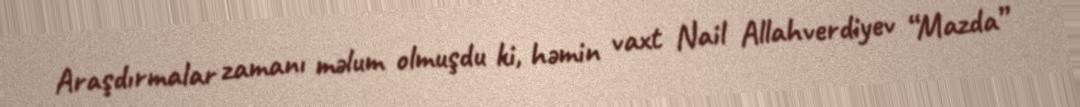
Araşdırmalar zamanı məlum olmuşdu ki, həmin vaxt Nail Allahverdiyev “Mazda”